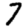
Digit: 7